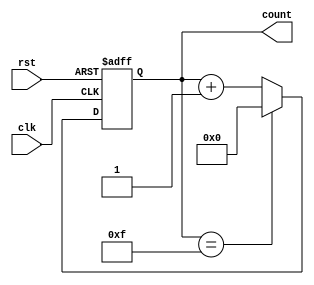
module up_counter_moore (
    input wire clk,        // Clock signal
    input wire rst,       // Asynchronous reset
    output reg [3:0] count // 4-bit output for the current count value
);

    // State transition on the rising edge of the clock
    always @(posedge clk or posedge rst) begin
        if (rst) begin
            // Reset the counter to 0 on reset signal
            count <= 4'b0000;
        end else begin
            // Increment the counter
            if (count == 4'b1111) begin
                // Wrap around when the maximum value is reached
                count <= 4'b0000;
            end else begin
                count <= count + 1'b1;
            end
        end
    end

endmodule